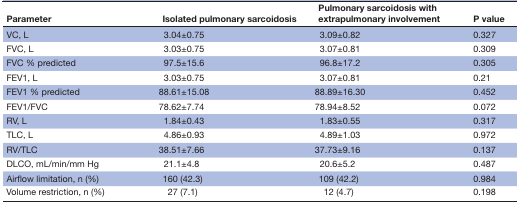
| Parameter | Isolated pulmonary sarcoidosis | Pulmonary sarcoidosis with extrapulmonary involvement | P value |
 | --- | --- | --- | --- |
 | VC, L | 3.04±0.75 | 3.09±0.82 | 0.327 |
 | FVC, L | 3.03±0.75 | 3.07±0.81 | 0.309 |
 | FVC % predicted | 97.5±15.6 | 96.8±17.2 | 0.305 |
 | FEV1, L | 3.03±0.75 | 3.07±0.81 | 0.21 |
 | FEV1 % predicted | 88.61±15.08 | 88.89±16.30 | 0.452 |
 | FEV1/FVC | 78.62±7.74 | 78.94±8.52 | 0.072 |
 | RV, L | 1.84±0.43 | 1.83±0.55 | 0.317 |
 | TLC, L | 4.86±0.93 | 4.89±1.03 | 0.972 |
 | RV/TLC | 38.51±7.66 | 37.73±9.16 | 0.137 |
 | DLCO, mL/min/mm Hg | 21.1±4.8 | 20.6±5.2 | 0.487 |
 | Airflow limitation, n (%) | 160 (42.3) | 109 (42.2) | 0.984 |
 | Volume restriction, n (%) | 27 (7.1) | 12 (4.7) | 0.198 |